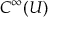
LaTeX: C ^ { \infty } ( U )